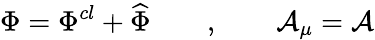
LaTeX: \Phi=\Phi^{cl}+\widehat{\Phi}\qquad,\qquad\mathcal{A}_{\mu}=\mathcal{A}